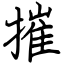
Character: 摧